Civil Veterinary Dept. Assam report 1911-1927 - 1911-1927
Year: 1911
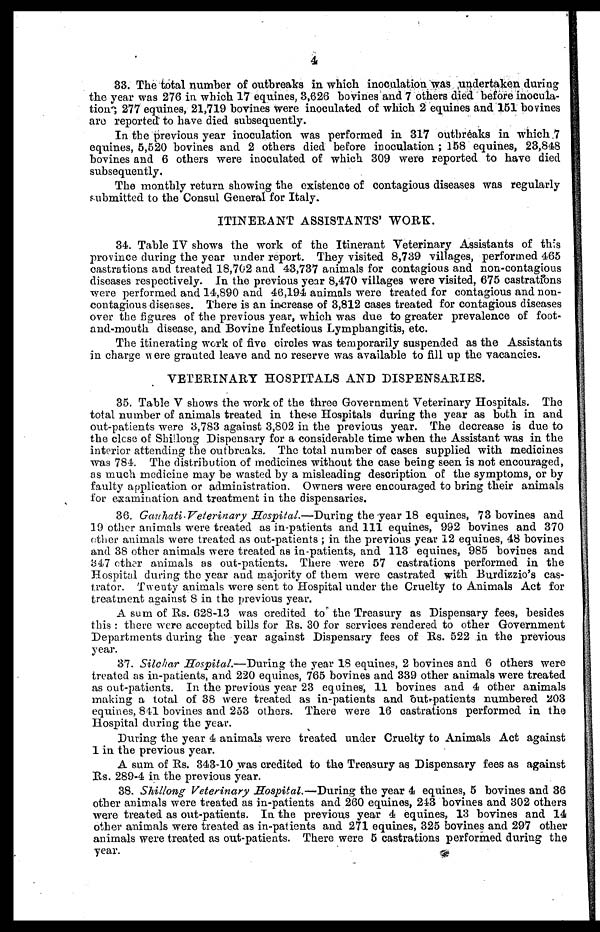
4
33. The total number of outbreaks in which inoculation was undertaken during
the year was 276 in which 17 equines, 3,628 bovines and 7 others died before inocula-
tion; 277 equines, 21,719 bovines were inoculated of which 2 equines and 151 bovines
are reported to have died subsequently.
In the previous year inoculation was performed in 317 outbreaks in which 7
equines, 5,520 bovines and 2 others died before inoculation; 158 equines, 23,848
bovines and 6 others were inoculated of which 309 were reported to have died
subsequently.
The monthly return showing the existence of contagious diseases was regularly
submitted to the Consul General for Italy.
ITINERANT ASSISTANTS' WORK.
34. Table IV shows the work of the Itinerant Veterinary Assistants of this
province during the year under report. They visited 8,739 villages, performed 465
castrations and treated 18,702 and 43,737 animals for contagious and non-contagious
diseases respectively. In the previous year 8,470 villages were visited, 675 castrations
were performed and 14,890 and 46,194 animals were treated for contagious and non-
contagious diseases. There is an increase of 3,812 cases treated for contagious diseases
over the figures of the previous year, which was due to greater prevalence of foot-
and-mouth disease, and Bovine Infectious Lymphangitis, etc.
The itinerating work of five circles was temporarily suspended as the Assistants
in charge were granted leave and no reserve was available to fill up the vacancies.
VETERINARY HOSPITALS AND DISPENSARIES.
35. Table V shows the work of the three Government Veterinary Hospitals. The
total number of animals treated in these Hospitals during the year as both in and
out-patients were 3,783 against 3,802 in the previous year. The decrease is due to
the clese of Shillong Dispensary for a considerable time when the Assistant was in the
interior attending the outbreaks. The total number of cases supplied with medicines
was 784. The distribution of medicines without the case being seen is not encouraged,
as much medicine may be wasted by a misleading description of the symptoms, or by
faulty application or administration. Owners were encouraged to bring their animals
for examination and treatment in the dispensaries.
36. Gauhati Veterinary Hospital.—During the year 18 equines, 73 bovines and
19 other animals were treated as in-patients and 111 equines, 992 bovines and 370
other animals were treated as out-patients; in the previous year 12 equines, 48 bovines
and 38 other animals were treated as in-patients, and 113 equines, 985 bovines and
347 other animals as out-patients. There were 57 castrations performed in the
Hospital during the year and majority of them were castrated with Burdizzio's cas-
irator. Twenty animals were sent to Hospital under the Cruelty to Animals Act for
treatment against 8 in the previous year.
A sum of Rs. 628-13 was credited to the Treasury as Dispensary fees, besides
this: there were accepted bills for Rs. 30 for services rendered to other Government
Departments during the year against Dispensary fees of Rs. 522 in the previous
year.
37. Silchar Hospital.—During the year 18 equines, 2 bovines and 6 others were
treated as in-patients, and 220 equines, 765 bovines and 339 other animals were treated
as out-patients. In the previous year 23 equines, 11 bovines and 4 other animals
making a total of 38 were treated as in-patients and out patients numbered 203
equines, 811 bovines and 253 others. There were 16 castrations performed in the
Hospital during the year.
During the year 4 animals were treated under Cruelty to Animals Act against
1 in the previous year.
A sum of Rs. 343-10 was credited to the Treasury as Dispensary fees as against
Rs. 289-4 in the previous year.
38. Shillong Veterinary Hospital.—During the year 4 equines, 5 bovines and 36
other animals were treated as in-patients and 260 equines, 243 bovines and 302 others
were treated as out-patients. In the previous year 4 equines, 13 bovines and 14
other animals were treated as in-patients and 271 equines, 325 bovines and 297 other
animals were treated as out-patients. There were 5 castrations performed during the
year.